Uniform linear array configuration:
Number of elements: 12
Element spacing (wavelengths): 1
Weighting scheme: hamming
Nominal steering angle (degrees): -15
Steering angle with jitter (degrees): -15.331
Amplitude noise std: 0.05
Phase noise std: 0.05

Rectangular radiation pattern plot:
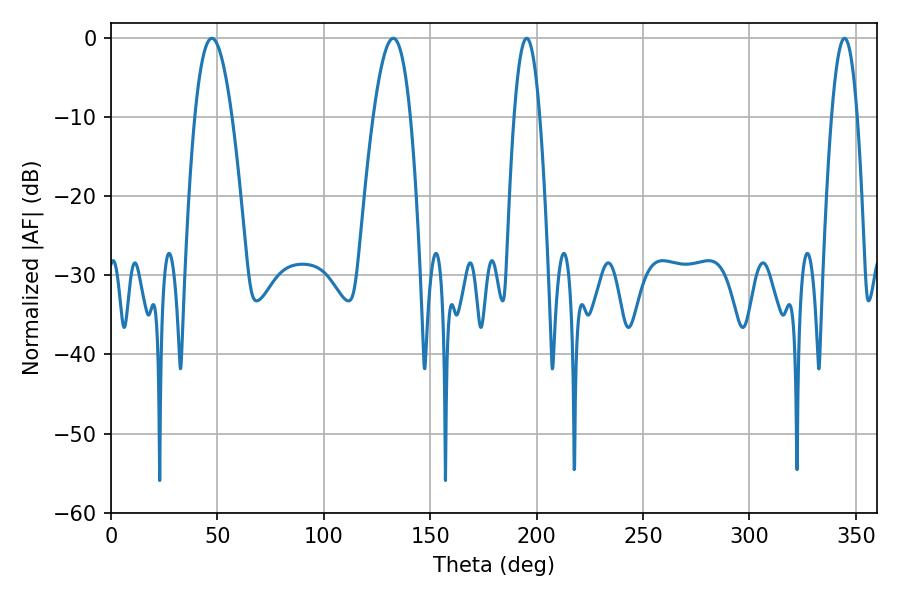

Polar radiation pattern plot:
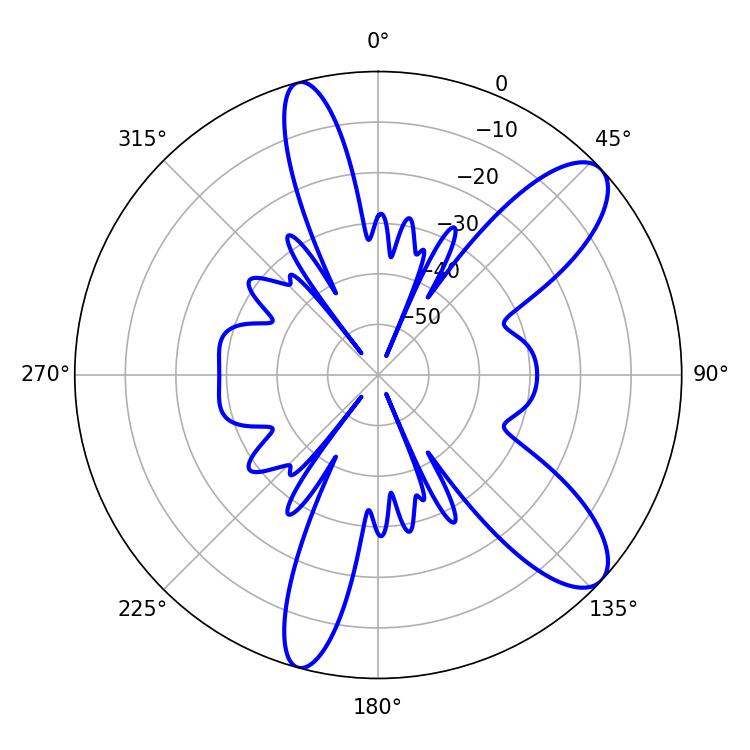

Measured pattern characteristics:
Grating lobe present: TRUE
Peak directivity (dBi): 10.017
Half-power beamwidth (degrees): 6.66
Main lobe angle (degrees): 195.3